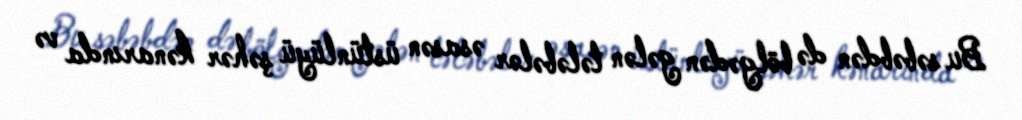
Bu səbəbdən də bölgədən gələn tələbələr əsasən üstünlüyü şəhər kənarında və